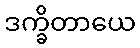
ဒက္ခိတာယေ